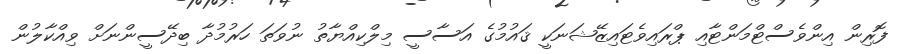
ފޮރިން އިންވެސްޓްމަންޓާއި ޕްރައިވެޓައިޒޭޝަނަކީ ޤައުމުގެ އަސާސީ މިލްކިއްޔާތު ނުވަތަ ހަރުމުދާ ބިދޭސީންނަށް ވިއްކާލުން